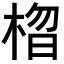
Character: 𣓗